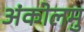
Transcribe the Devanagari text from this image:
अंकोलमु